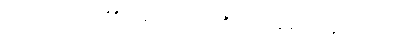
ပြင်ဂဂတတလံ၊ သုံးဝိစိတ္တ ဖြင်၍။ သောသတိယလာတသော၊ တူလျှင်။ တဿ၊